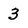
Character: 3